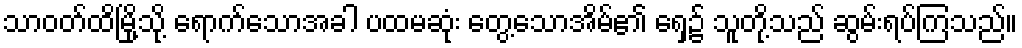
သာဝတ်ထိမြို့သို့ ရောက်သောအခါ ပထမဆုံး တွေ့သောအိမ်၏ ရှေ့၌ သူတို့သည် ဆွမ်းရပ်ကြသည်။